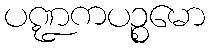
ပဏ္ဍကပဉ္စမော